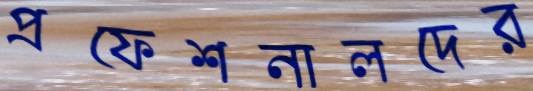
প্রফেশনালদের